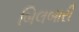
બિલબારી